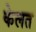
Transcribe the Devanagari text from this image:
केलत